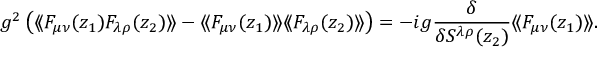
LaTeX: g ^ { 2 } \left( \langle \! \langle F _ { \mu \nu } ( z _ { 1 } ) F _ { \lambda \rho } ( z _ { 2 } ) \rangle \! \rangle - \langle \! \langle F _ { \mu \nu } ( z _ { 1 } ) \rangle \! \rangle \langle \! \langle F _ { \lambda \rho } ( z _ { 2 } ) \rangle \! \rangle \right) = - i g { \frac { \delta } { \delta S ^ { \lambda \rho } ( z _ { 2 } ) } } \langle \! \langle F _ { \mu \nu } ( z _ { 1 } ) \rangle \! \rangle .